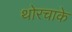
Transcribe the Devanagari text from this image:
थोरचाके